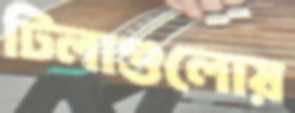
টিলাগুলোয়